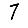
Digit: 7